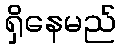
ရှိနေမည်